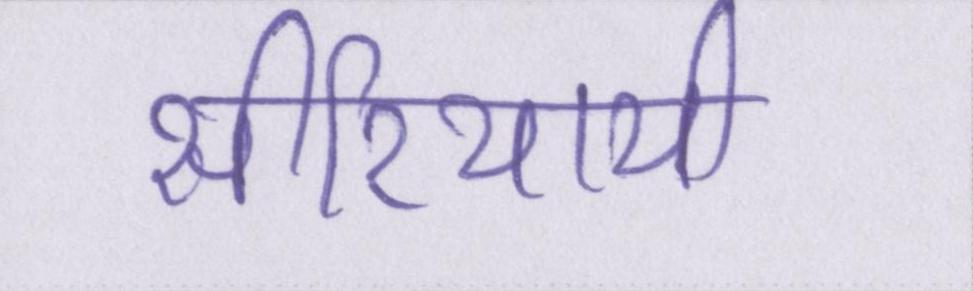
सीरियायी